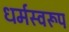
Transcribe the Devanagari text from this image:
धर्मस्वरूप